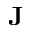
{ \mathbf J }